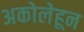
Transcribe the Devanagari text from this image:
अकोलेहून